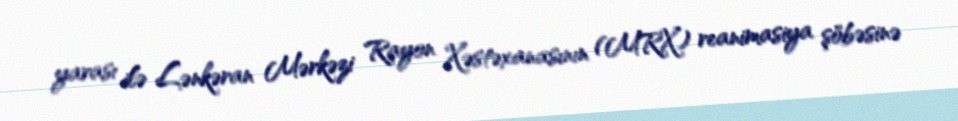
yarası ilə Lənkəran Mərkəzi Rayon Xəstəxanasının (MRX) reanimasiya şöbəsinə